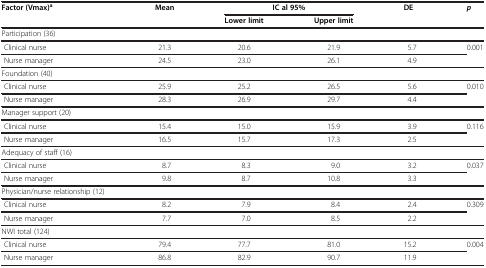
| <ROWSPAN=2> Factor (Vmax)a | <ROWSPAN=2> Mean | <COLSPAN=2> CI at 95 % | <ROWSPAN=2> DE | <ROWSPAN=2> p |
 | Lower limit | Upper limit |
 | --- | --- | --- | --- | --- | --- |
 | Participation (36) |  |  |  |  |  |
 | Clinical nurse | 21.3 | 20.6 | 21.9 | 5.7 | 0.001 |
 | Nurse manager | 24.5 | 23.0 | 26.1 | 4.9 |  |
 | Foundation (40) |  |  |  |  |  |
 | Clinical nurse | 25.9 | 25.2 | 26.5 | 5.6 | 0.010 |
 | Nurse manager | 28.3 | 26.9 | 29.7 | 4.4 |  |
 | Manager support (20) |  |  |  |  |  |
 | Clinical nurse | 15.4 | 15.0 | 15.9 | 3.9 | 0.116 |
 | Nurse manager | 16.5 | 15.7 | 17.3 | 2.5 |  |
 | Adequacy of staff (16) |  |  |  |  |  |
 | Clinical nurse | 8.7 | 8.3 | 9.0 | 3.2 | 0.037 |
 | Nurse manager | 9.8 | 8.7 | 10.8 | 3.3 |  |
 | Physician/nurse relationship (12) |  |  |  |  |  |
 | Clinical nurse | 8.2 | 7.9 | 8.4 | 2.4 | 0.309 |
 | Nurse manager | 7.7 | 7.0 | 8.5 | 2.2 |  |
 | NWI total (124) |  |  |  |  |  |
 | Clinical nurse | 79.4 | 77.7 | 81.0 | 15.2 | 0.004 |
 | Nurse manager | 86.8 | 82.9 | 90.7 | 11.9 |  |